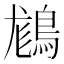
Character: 𪁪